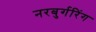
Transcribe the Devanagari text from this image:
नरबुर्गरिंग